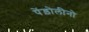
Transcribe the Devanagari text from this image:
पेंड़ोलीनो